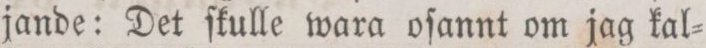
jande: Det ſkulle wara oſannt om jag kal=